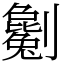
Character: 劖